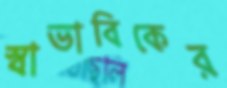
স্বাভাবিকের